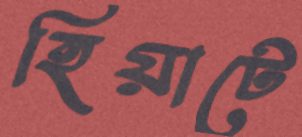
হিয়াটে